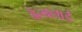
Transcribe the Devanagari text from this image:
बेल्क्लार्ड